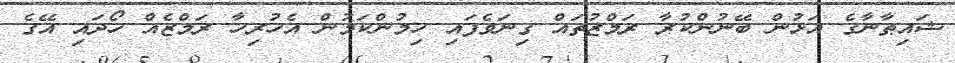
ޝައިޠާނާގެ އަޅުން ބޭނުންކުރާ ރަމްޒުތައް ގިނަވެފައި ހިމުންކަމުން އެހުރިހާ ރަމްޒެއް ހޯދައި އޭގެ